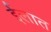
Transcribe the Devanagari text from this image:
ईलात